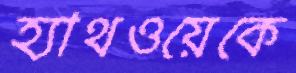
হ্যাথওয়েকে